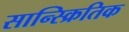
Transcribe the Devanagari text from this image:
सान्स्क्रितिक